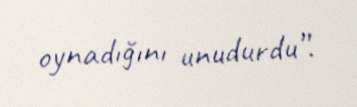
oynadığını unudurdu”.